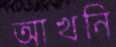
আখনি